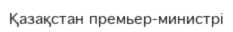
Қазақстан премьер-министрі